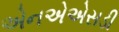
એનએએસડી